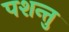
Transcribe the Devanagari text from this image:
पशन्तु